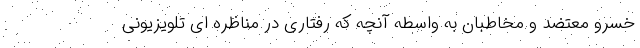
خسرو معتضد و مخاطبان به واسطه آنچه که رفتاری در مناظره ای تلویزیونی